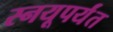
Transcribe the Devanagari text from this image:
स्नयूपर्यंत